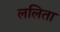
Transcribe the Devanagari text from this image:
ललिता